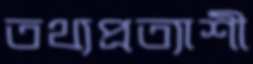
তথ্যপ্রত্যাশী